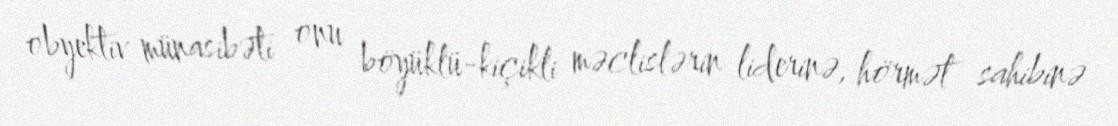
obyektiv münasibəti onu böyüklü-kiçikli məclislərin liderinə, hörmət sahibinə